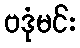
ဗဒုံမင်း